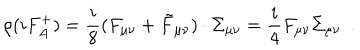
LaTeX: \rho ( i F _ { A } ^ { + } ) = \frac { i } { 8 } ( F _ { \mu \nu } + \tilde { F } _ { \mu \nu } ) \cdot \Sigma _ { \mu \nu } = \frac { i } { 4 } F _ { \mu \nu } \Sigma _ { \mu \nu } ~ ~ .